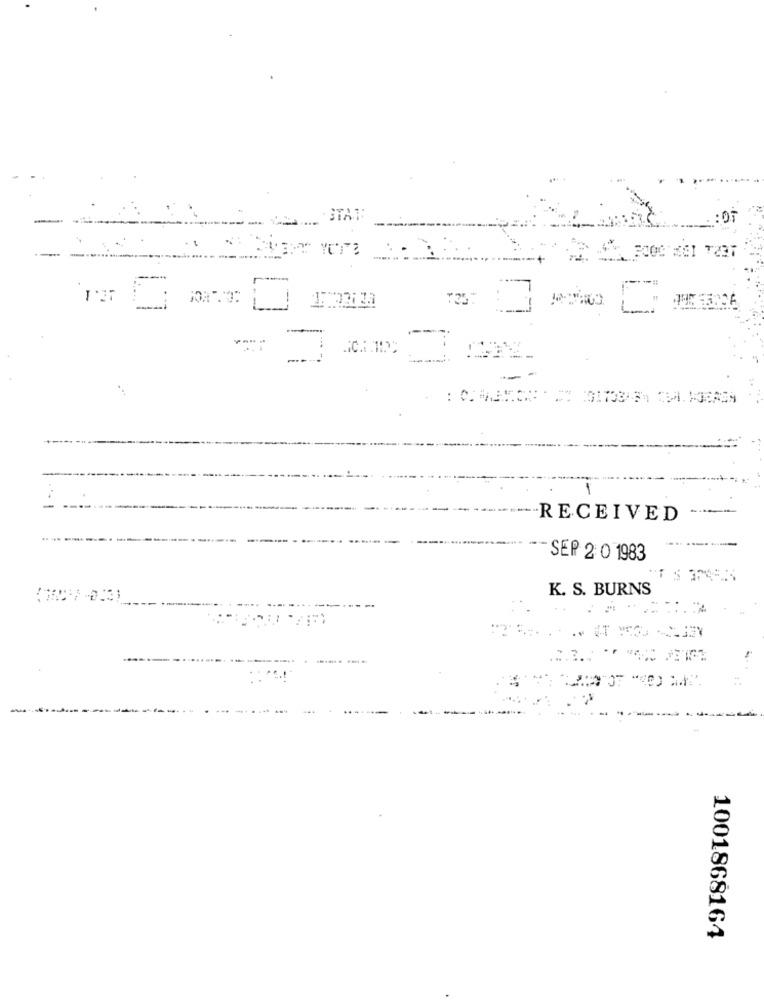
-3TA1
: OT
3000 KCI T2BT
1'37
1
RECEIVED
-SEP 2 0 1983
K. S. BURNS
.2.
1001868164